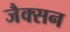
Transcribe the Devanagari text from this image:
जैक्‍सन